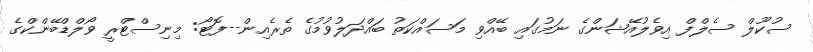
ސުކޫލް ސެލްފް އިވެލުއޭޝަންގެ ނަމުގައި ބޭއްވި މަސައްކަތު ބައްދަލުވުމުގެ ތެރެއިން--ފޮޓޯ: މިނިސްޓްރީ ވޯލްޑްބޭންކްގެ